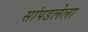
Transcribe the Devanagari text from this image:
सांपडलेला